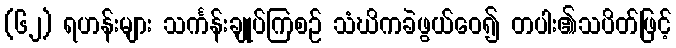
(၆၂) ရဟန်းများ သင်္ကန်းချုပ်ကြစဉ် သံဃိကခဲဖွယ်ဝေ၍ တပါး၏သပိတ်ဖြင့်